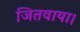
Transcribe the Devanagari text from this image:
जितवाया।